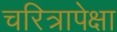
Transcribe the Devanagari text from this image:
चरित्रापेक्षा